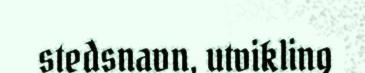
stedsnavn, utvikling